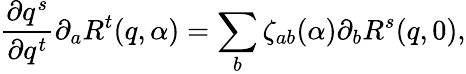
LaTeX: \frac{\partial q^{s}}{\partial q^{t}}\partial_{a}R^{t}(q,\alpha)=\sum_{b}\zeta_{ab}(\alpha)\partial_{b}R^{s}(q,0),